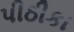
પીઠીકા